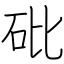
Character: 砒